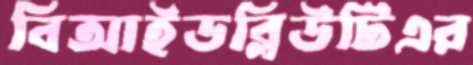
বিআইডব্লিউটিএর